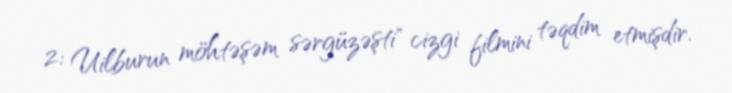
2: Uilburun möhtəşəm sərgüzəşti" cizgi filmini təqdim etmişdir.